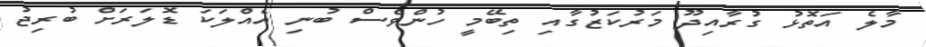
މާލެ އަތޮޅު ގުރާއިދޫ މަރުކަޒުގާއި ތިބޭމީ ހުންވެސް ބުނި އެއްލަކަ ޑޮލަރަށް ބުރިޖު